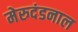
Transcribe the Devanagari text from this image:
मेरुदंडनाल